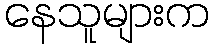
နေသူများက